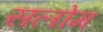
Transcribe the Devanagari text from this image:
सलोम